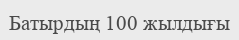
Батырдың 100 жылдығы